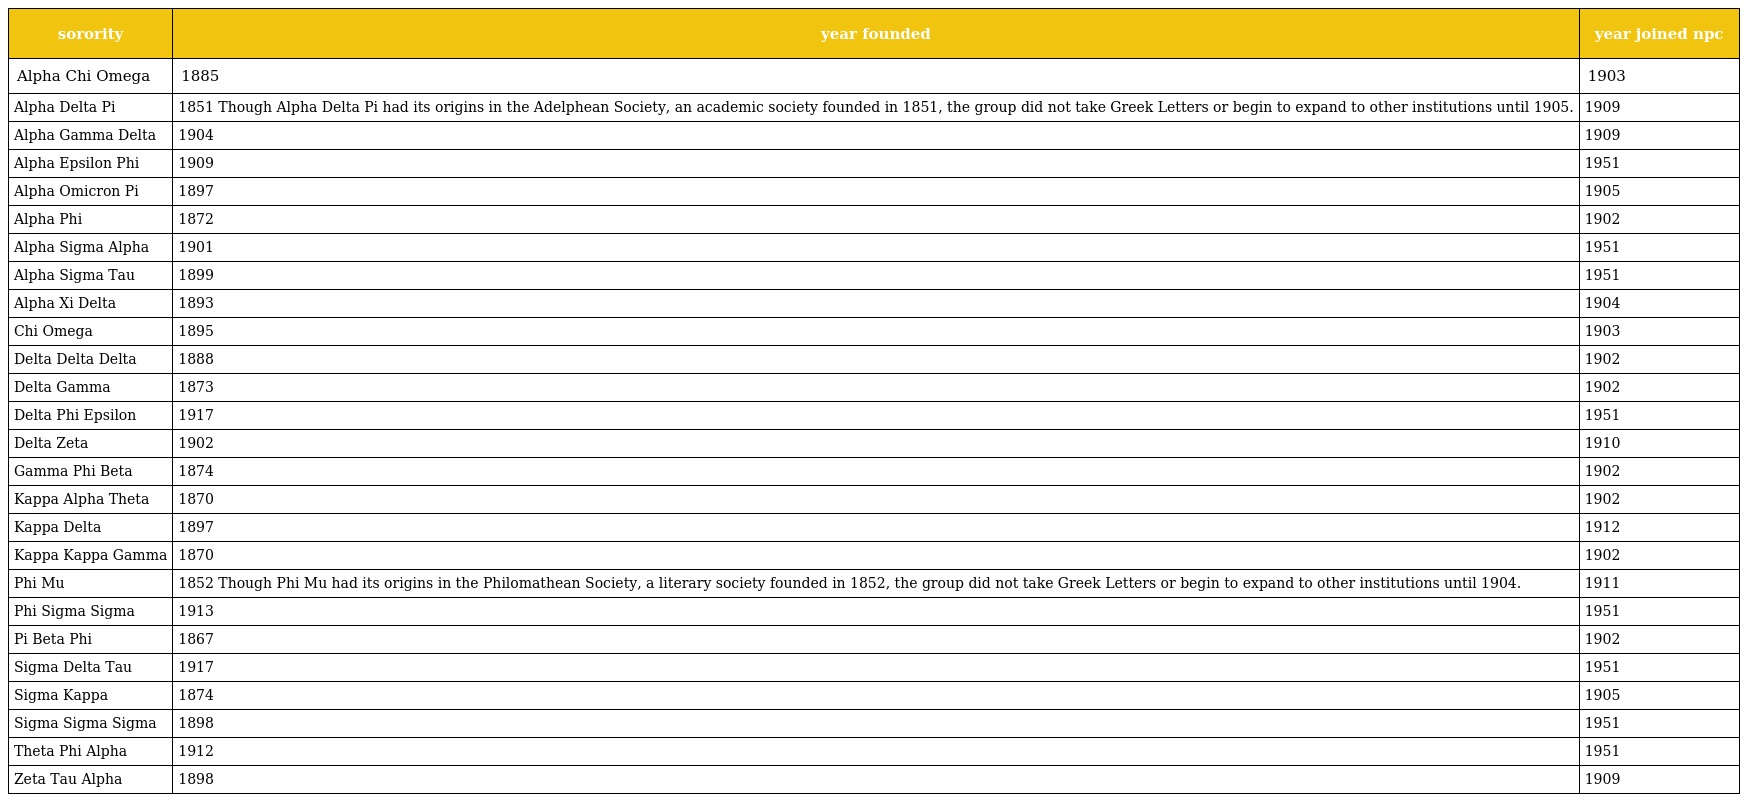
| sorority | year founded | year joined npc |
 | --- | --- | --- |
 | Alpha Chi Omega | 1885 | 1903 |
 | Alpha Delta Pi | 1851 Though Alpha Delta Pi had its origins in the Adelphean Society, an academic society founded in 1851, the group did not take Greek Letters or begin to expand to other institutions until 1905. | 1909 |
 | Alpha Gamma Delta | 1904 | 1909 |
 | Alpha Epsilon Phi | 1909 | 1951 |
 | Alpha Omicron Pi | 1897 | 1905 |
 | Alpha Phi | 1872 | 1902 |
 | Alpha Sigma Alpha | 1901 | 1951 |
 | Alpha Sigma Tau | 1899 | 1951 |
 | Alpha Xi Delta | 1893 | 1904 |
 | Chi Omega | 1895 | 1903 |
 | Delta Delta Delta | 1888 | 1902 |
 | Delta Gamma | 1873 | 1902 |
 | Delta Phi Epsilon | 1917 | 1951 |
 | Delta Zeta | 1902 | 1910 |
 | Gamma Phi Beta | 1874 | 1902 |
 | Kappa Alpha Theta | 1870 | 1902 |
 | Kappa Delta | 1897 | 1912 |
 | Kappa Kappa Gamma | 1870 | 1902 |
 | Phi Mu | 1852 Though Phi Mu had its origins in the Philomathean Society, a literary society founded in 1852, the group did not take Greek Letters or begin to expand to other institutions until 1904. | 1911 |
 | Phi Sigma Sigma | 1913 | 1951 |
 | Pi Beta Phi | 1867 | 1902 |
 | Sigma Delta Tau | 1917 | 1951 |
 | Sigma Kappa | 1874 | 1905 |
 | Sigma Sigma Sigma | 1898 | 1951 |
 | Theta Phi Alpha | 1912 | 1951 |
 | Zeta Tau Alpha | 1898 | 1909 |